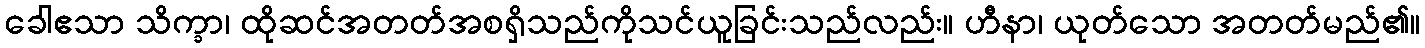
ခေါဧသာ သိက္ခာ၊ ထိုဆင်အတတ်အစရှိသည်ကိုသင်ယူခြင်းသည်လည်း။ ဟီနာ၊ ယုတ်သော အတတ်မည်၏။